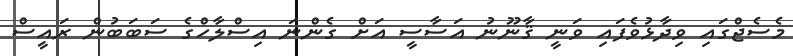
މެސެޖްގައި ވިދާޅުވެފައި ވަނީ ޤާނޫނު އަސާސީ އަށް ގެންނަ އިސްލާހްގެ ސަބަބުން ރައީސް